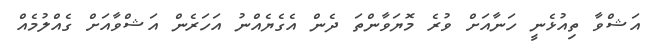
އަޝްވާ ތިއުޅެނީ ހަނާއަށް ވުރެ މޮޔަވާންތަ ދެން އެގެޔެއްނު އަހަރެން އަޝްވާއަށް ގެއްލުމެއް